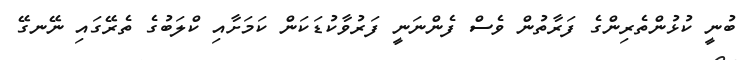
ބުނީ ކުޅުންތެރިންގެ ފަރާތުން ވެސް ފެންނަނީ ފަރުވާކުޑަކަން ކަމަށާއި ކްލަބުގެ ތެރޭގައި ނޭނގޭ